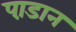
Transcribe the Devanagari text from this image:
पा़डान